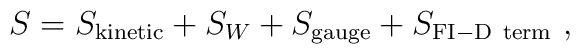
S = S_{\rm kinetic} + S_{W} + S_{\rm gauge} + S_{\rm FI-D\ term}~,